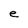
Character: e